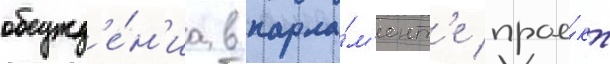
обсужд'е́н'иа в парла́м'ент'е прое́кт